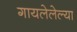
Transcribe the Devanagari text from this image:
गायलेलेल्या